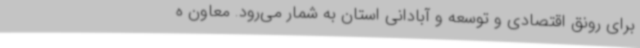
برای رونق اقتصادی و توسعه و آبادانی استان به شمار می‌رود. معاون ه